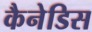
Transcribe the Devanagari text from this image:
कैनेडिस